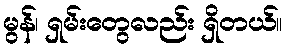
မွန်၊ ရှမ်းတွေလည်း ရှိတယ်။